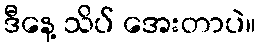
ဒီနေ့ သိပ် အေးတာပဲ။